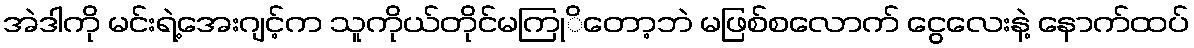
အဲဒါကို မင်းရဲ့အေးဂျင့်က သူကိုယ်တိုင်မကြုိတော့ဘဲ မဖြစ်စလောက် ငွေလေးနဲ့ နောက်ထပ်